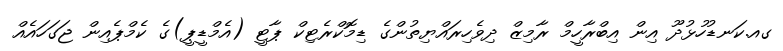
ގއ.ކަނޑުހުޅުދޫ އިން އިބްރާހީމް ރާމިޒް ދިވެހިރައްޔިތުންގެ ޑިމޮކްރެޓިކް ޕާޓީ (އެމްޑީޕީ)ގެ ކެމްޕެއިން ޖަގަހައެއް